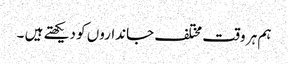
ہم ہر وقت مختلف جانداروں کو دیکھتے ہیں ۔